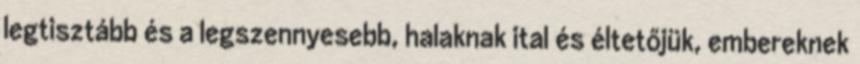
legtisztább és a legszennyesebb, halaknak ital és éltetőjük, embereknek